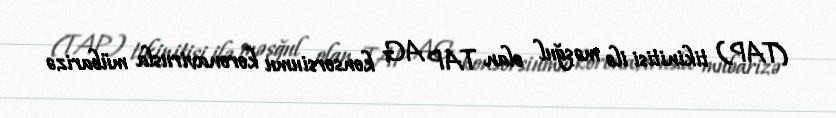
(TAP) tikinitisi ilə məşğul olan TAP AG konsorsiumu koronavirusla mübarizə